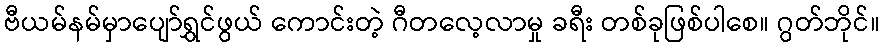
ဗီယမ်နမ်မှာပျော်ရွှင်ဖွယ် ကောင်းတဲ့ ဂီတလေ့လာမှု ခရီး တစ်ခုဖြစ်ပါစေ။ ဂွတ်ဘိုင်။